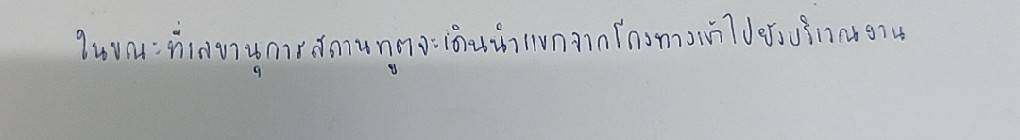
ในขณะที่เลขานุการสถานทูตจะเดินนำแขกจากโถงทางเข้าไปยังบริเวณงาน